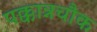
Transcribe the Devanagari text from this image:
पक्कान्नचौक